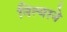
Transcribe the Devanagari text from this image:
नित्याने